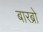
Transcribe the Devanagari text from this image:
बारब्रो